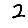
Digit: 2